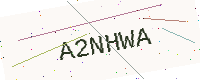
Text: A2NHWA